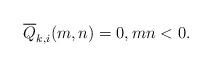
LaTeX: \begin{align*}\overline{Q}_{k,i}(m,n)=0, mn<0.\end{align*}